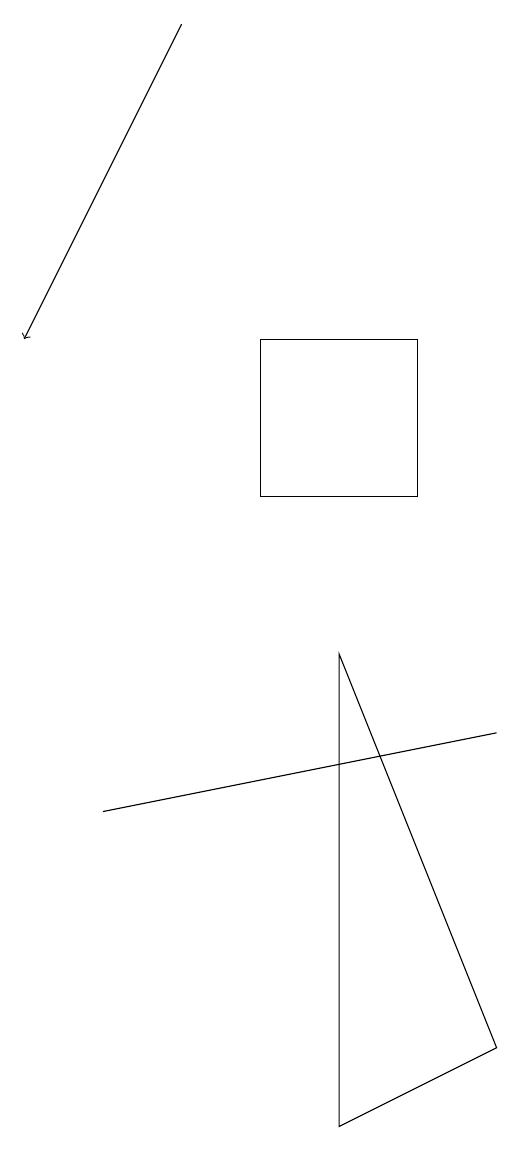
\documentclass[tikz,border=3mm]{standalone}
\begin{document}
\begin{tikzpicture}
\draw[->] (4,17) -- (2,13);
\draw (8,8) -- (3,7) -- (8,8) -- cycle;
\draw (6,9) -- (8,4) -- (6,3) -- cycle;
\draw (5,13) rectangle (7,11);
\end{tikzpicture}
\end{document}